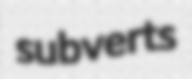
subverts